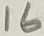
Text: 16